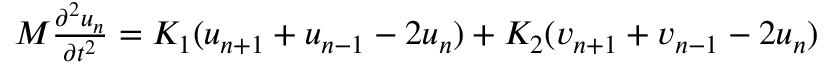
\begin{array} { r } { M \frac { \partial ^ { 2 } u _ { n } } { \partial t ^ { 2 } } = K _ { 1 } ( u _ { n + 1 } + u _ { n - 1 } - 2 u _ { n } ) + K _ { 2 } ( v _ { n + 1 } + v _ { n - 1 } - 2 u _ { n } ) } \end{array}